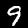
Label: 9